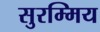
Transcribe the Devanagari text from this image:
सुरम्मिय